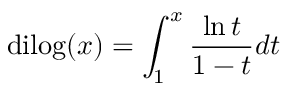
\mathrm { d i l o g } ( x ) = \int _ { 1 } ^ { x } { \frac { \ln { t } } { 1 - t } } d t